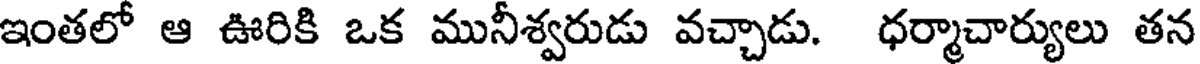
ఇంతలో ఆ ఊరికి ఒక మునీశ్వరుడు వచ్చాడు. ధర్మాచార్యులు తన